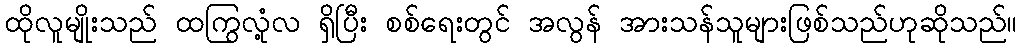
ထိုလူမျိုးသည် ထကြွလုံ့လ ရှိပြီး စစ်ရေးတွင် အလွန် အားသန်သူများဖြစ်သည်ဟုဆိုသည်။